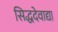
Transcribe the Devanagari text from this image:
सिद्धदेवाद्या